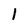
Character: I